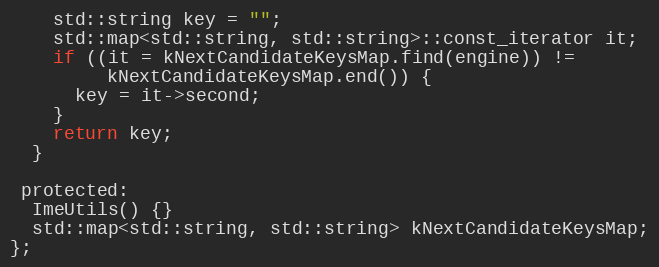
Language: C
    std::string key = "";
    std::map<std::string, std::string>::const_iterator it;
    if ((it = kNextCandidateKeysMap.find(engine)) !=
         kNextCandidateKeysMap.end()) {
      key = it->second;
    }
    return key;
  }

 protected:
  ImeUtils() {}
  std::map<std::string, std::string> kNextCandidateKeysMap;
};